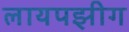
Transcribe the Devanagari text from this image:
लायपझीग